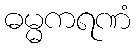
ဓမ္မကရဏံ